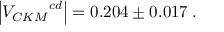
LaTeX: \left| { V _ { C K M } } ^ { c d } \right| = 0 . 2 0 4 \pm 0 . 0 1 7 \: .